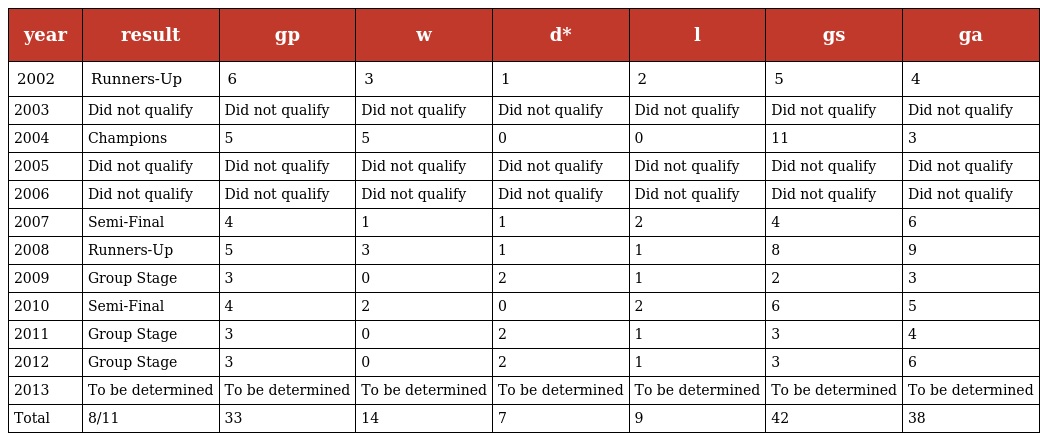
| year | result | gp | w | d* | l | gs | ga |
 | --- | --- | --- | --- | --- | --- | --- | --- |
 | 2002 | Runners-Up | 6 | 3 | 1 | 2 | 5 | 4 |
 | 2003 | Did not qualify | Did not qualify | Did not qualify | Did not qualify | Did not qualify | Did not qualify | Did not qualify |
 | 2004 | Champions | 5 | 5 | 0 | 0 | 11 | 3 |
 | 2005 | Did not qualify | Did not qualify | Did not qualify | Did not qualify | Did not qualify | Did not qualify | Did not qualify |
 | 2006 | Did not qualify | Did not qualify | Did not qualify | Did not qualify | Did not qualify | Did not qualify | Did not qualify |
 | 2007 | Semi-Final | 4 | 1 | 1 | 2 | 4 | 6 |
 | 2008 | Runners-Up | 5 | 3 | 1 | 1 | 8 | 9 |
 | 2009 | Group Stage | 3 | 0 | 2 | 1 | 2 | 3 |
 | 2010 | Semi-Final | 4 | 2 | 0 | 2 | 6 | 5 |
 | 2011 | Group Stage | 3 | 0 | 2 | 1 | 3 | 4 |
 | 2012 | Group Stage | 3 | 0 | 2 | 1 | 3 | 6 |
 | 2013 | To be determined | To be determined | To be determined | To be determined | To be determined | To be determined | To be determined |
 | Total | 8/11 | 33 | 14 | 7 | 9 | 42 | 38 |